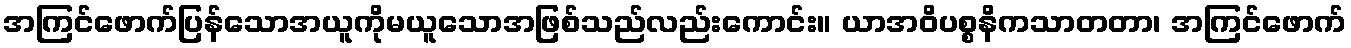
အကြင်ဖောက်ပြန်သောအယူကိုမယူသောအဖြစ်သည်လည်းကောင်း။ ယာအဝိပစ္စနိကသာတတာ၊ အကြင်ဖောက်